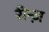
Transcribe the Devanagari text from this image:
रीन्ज़